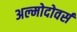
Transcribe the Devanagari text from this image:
अल्मोदोवर्स